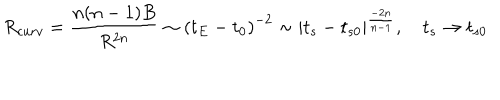
LaTeX: R _ { c u r v } = \frac { n ( n - 1 ) B } { R ^ { 2 n } } \sim \left( t _ { E } - t _ { 0 } \right) ^ { - 2 } \sim \left| t _ { s } - t _ { s 0 } \right| ^ { \frac { - 2 n } { n - 1 } } , \quad t _ { s } \rightarrow t _ { s 0 }